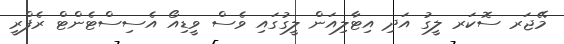
މޭޖަރ ސޮކަރ ލީގު އަދި އިޓާލިއަން ލީގުގައި ވެސް ވީޑިއޯ އެސިސްޓެންޓް ރެފްރީ